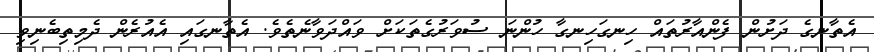
އެތާނގެ ދަށުން ފެންއާރުތައް ހިނގަހިނގާ ހުންނަ ސުވަރުގެތަކަށް ވައްދަވާނެތެވެ. އެތާނގައި އެއުރެން ދެމިތިބެނިވި